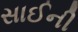
સાઈની